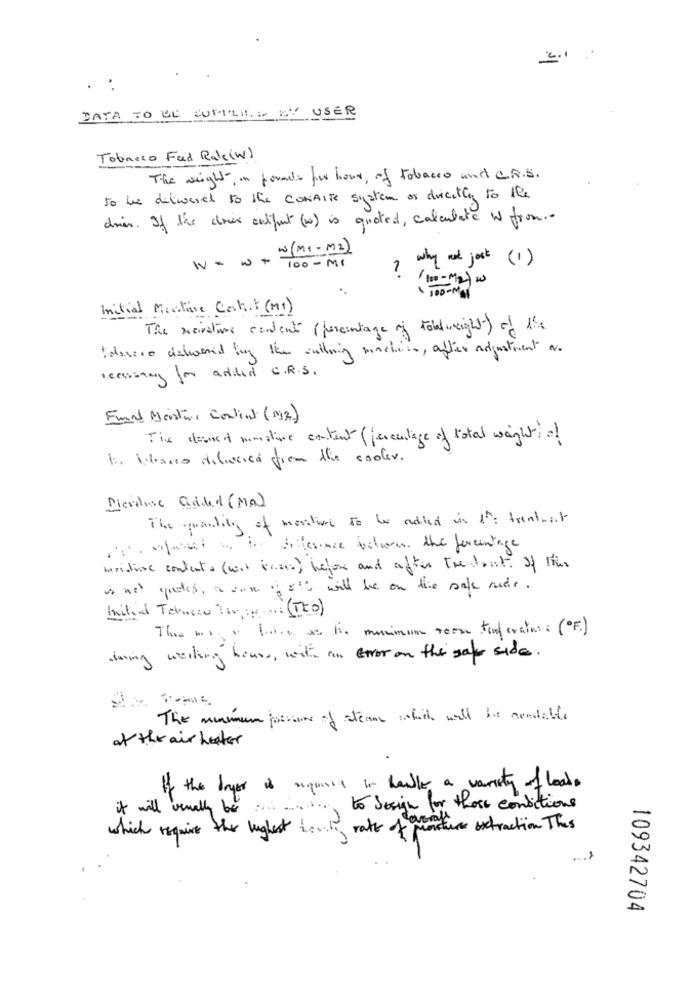
2.1
:
DATA TO DE SUMILES EY USER
Tobacco Feed Rale(W)
The weight, in founds four hour, of tobacco und CRS.
to be delivered to the CONAITE system as duicctly to the
driew. If the dries output (1) is quoted, calculate w from ..
w(MI-M2)
W= w+
100 - MI
why not just (1)
(100- M2) .
Initial Martine Cest. (MI)
The meivative content (percentage of totalweight) of the
Passere deboaed by the calling machito, after adjustment a.
Accessing for added C.R.S.
Fund Moisture Content (M2)
The desired musstine content (percentage of total weight) of
1. Wbarra dilucca frem the cooler.
Dievalue added (Ma)
The quantity of mantiene to be added in th: trentait
iProfeset s . Sifaince below the percentage
mainline contents (was proce) before and after thestart of this
is net quetes, a son of 816 will be on the sale nude.
Initial Telese Terme (TCo)
The way o luis as to musinum room toterains (OF)
dining werking hours, with an error on the safe side.
The mumuma foisons of steam which will be readable
at the air heater
If the layer is requises in halle a variety of load.
it will verally be ... ....... to design for these conditions
which require the highest tovily rate of posture extraction This
109342704